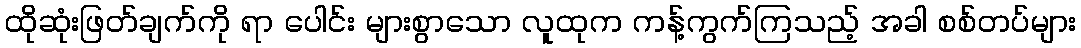
ထိုဆုံးဖြတ်ချက်ကို ရာ ပေါင်း များစွာသော လူထုက ကန့်ကွက်ကြသည့် အခါ စစ်တပ်များ